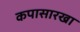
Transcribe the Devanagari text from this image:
कपासारखा